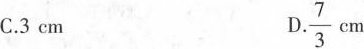
C . 3 cm D . \frac{7}{3}cm